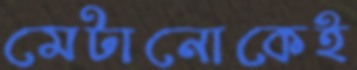
মেটানোকেই